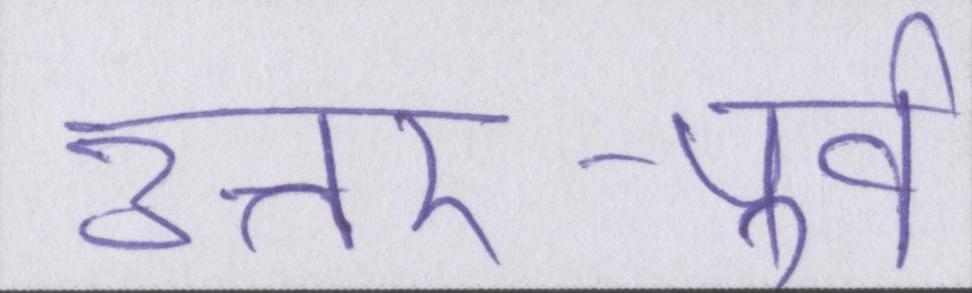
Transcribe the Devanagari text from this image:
उत्तर-पूर्व